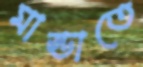
মান্ডাতে